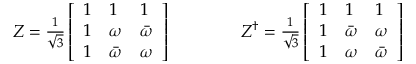
\begin{array} { r } { Z = \frac { 1 } { \sqrt { 3 } } \left[ \begin{array} { l l l } { 1 } & { 1 } & { 1 } \\ { 1 } & { \omega } & { \bar { \omega } } \\ { 1 } & { \bar { \omega } } & { \omega } \end{array} \right] \qquad \qquad Z ^ { \dagger } = \frac { 1 } { \sqrt { 3 } } \left[ \begin{array} { l l l } { 1 } & { 1 } & { 1 } \\ { 1 } & { \bar { \omega } } & { \omega } \\ { 1 } & { \omega } & { \bar { \omega } } \end{array} \right] } \end{array}